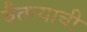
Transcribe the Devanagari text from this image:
चैतन्याची